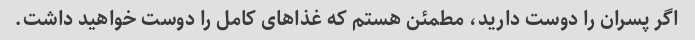
اگر پسران را دوست دارید، مطمئن هستم که غذاهای کامل را دوست خواهید داشت.